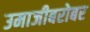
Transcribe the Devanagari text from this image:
उमाजीबरोबर